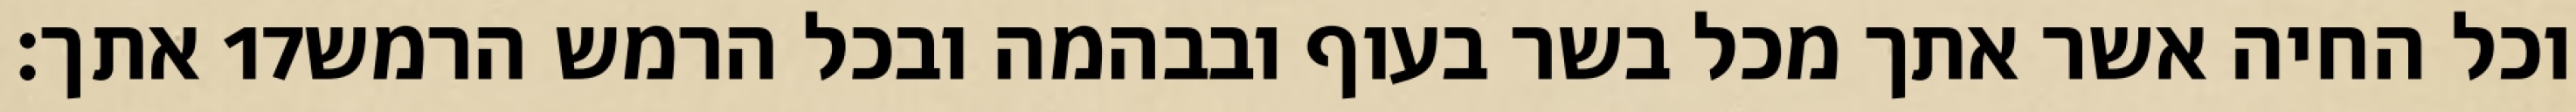
אתך׃ ‎17‏ וכל החיה אשר אתך מכל בשר בעוף ובבהמה ובכל הרמש הרמש